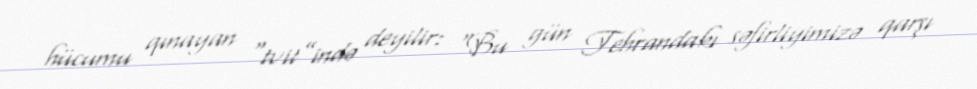
hücumu qınayan “tvit”ində deyilir: “Bu gün Tehrandakı səfirliyimizə qarşı